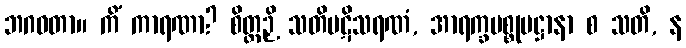
ဘဂဝတာ။ ကိံ ကာရဏာ? စိတ္တဉှိ သတိပဋိသရဏံ, အာရက္ခပစ္စုပဋ္ဌာနာ စ သတိ, န